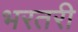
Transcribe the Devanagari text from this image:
भरतरी